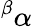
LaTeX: {}^{\beta}\alpha